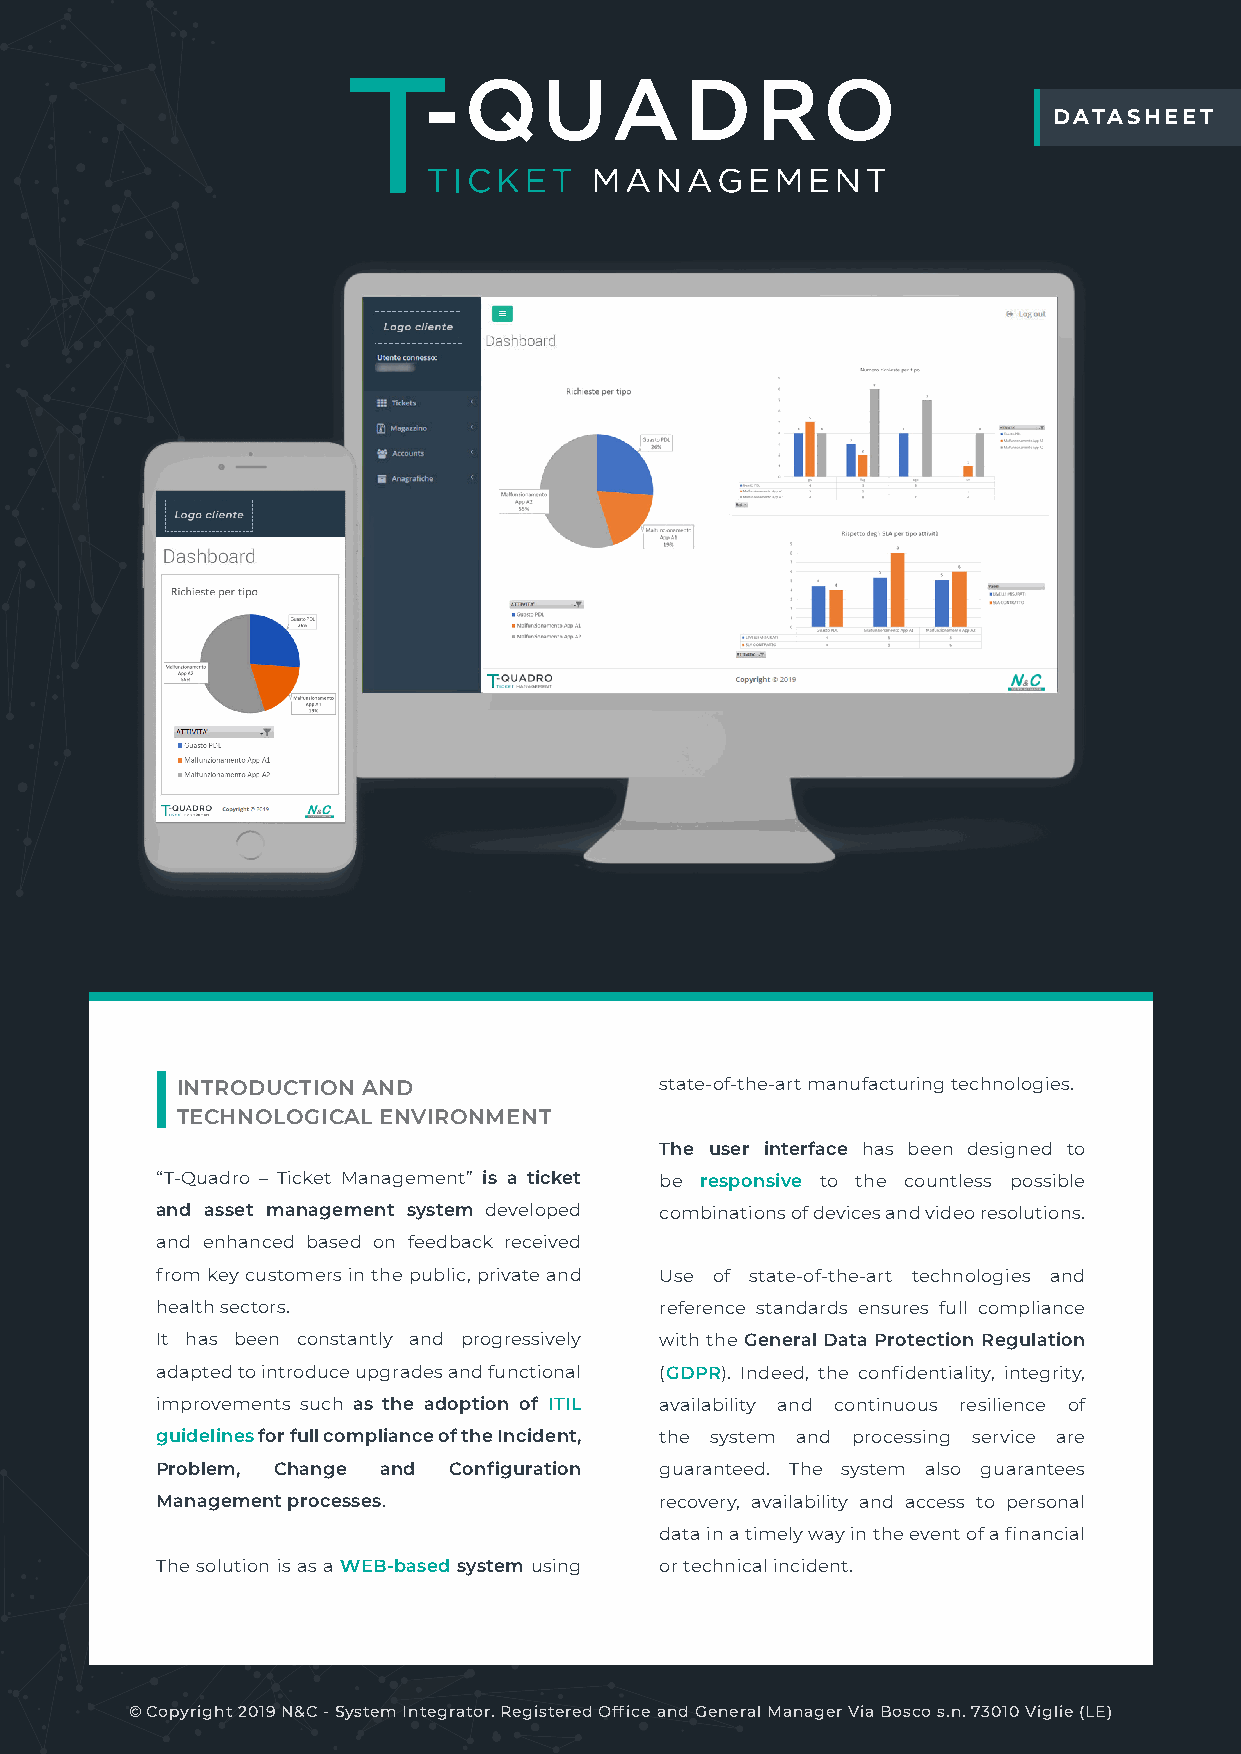
Datasheet
 INTRODUCTION AND                state-of-the-art manufacturing technologies.
 TECHNOLOGICAL ENVIRONMENT
 The user interface has been designed to
 “T-Quadro – Ticket Management” is a ticket be responsive to the countless possible
 and asset management system developed combinations of devices and video resolutions.
 and enhanced based on feedback received
 from key customers in the public, private and Use of state-of-the-art technologies and
 health sectors.                   reference standards ensures full compliance
 It has been constantly and progressively with the General Data Protection Regulation
 adapted to introduce upgrades and functional (GDPR). Indeed, the confidentiality, integrity,
 improvements such as the adoption of ITIL availability and continuous resilience of
 guidelines for full compliance of the Incident, the system and processing service are
 Problem, Change and Configuration guaranteed. The system also guarantees
 Management processes.             recovery, availability and access to personal
 data in a timely way in the event of a financial
 The solution is as a WEB-based system using or technical incident.
 © Copyright 2019 N&C - System Integrator. Registered Office and General Manager Via Bosco s.n. 73010 Viglie (LE)